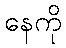
နေကို